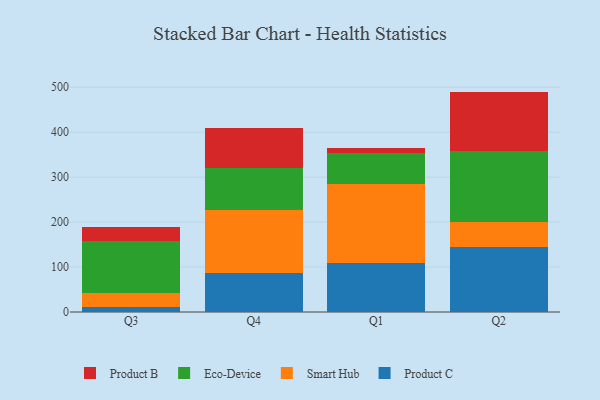
{"axis": {"x": "Quarter", "y": "Website Visitors"}, "legend": ["Eco-Device", "Product B", "Product C", "Smart Hub"], "data": [{"x": "Q3", "y": 11.3, "type": "Product C"}, {"x": "Q3", "y": 30.1, "type": "Smart Hub"}, {"x": "Q3", "y": 116.2, "type": "Eco-Device"}, {"x": "Q3", "y": 30.5, "type": "Product B"}, {"x": "Q4", "y": 86.1, "type": "Product C"}, {"x": "Q4", "y": 139.9, "type": "Smart Hub"}, {"x": "Q4", "y": 95.0, "type": "Eco-Device"}, {"x": "Q4", "y": 87.6, "type": "Product B"}, {"x": "Q1", "y": 108.3, "type": "Product C"}, {"x": "Q1", "y": 177.3, "type": "Smart Hub"}, {"x": "Q1", "y": 67.7, "type": "Eco-Device"}, {"x": "Q1", "y": 12.4, "type": "Product B"}, {"x": "Q2", "y": 143.9, "type": "Product C"}, {"x": "Q2", "y": 56.2, "type": "Smart Hub"}, {"x": "Q2", "y": 158.6, "type": "Eco-Device"}, {"x": "Q2", "y": 131.6, "type": "Product B"}]}